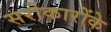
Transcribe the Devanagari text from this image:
सरोकारोंके